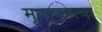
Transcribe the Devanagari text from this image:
मृत्युपत्राचा